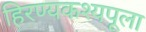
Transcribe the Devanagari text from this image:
हिरण्यकश्यपूला